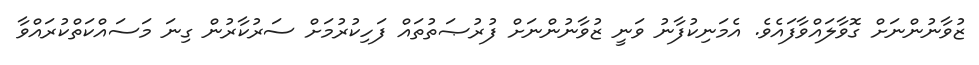
ޒުވާނުންނަށް ގޮވާލައްވާފައެވެ. އެމަނިކުފާނު ވަނީ ޒުވާނުންނަށް ފުރުޞަތުތައް ފަހިކުރުމަށް ސަރުކާރުން ގިނަ މަސައްކަތްކުރައްވާ